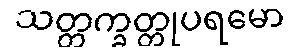
သတ္တက္ခတ္တုပရမော